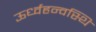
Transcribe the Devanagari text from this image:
ऊर्ध्वहन्वस्थि